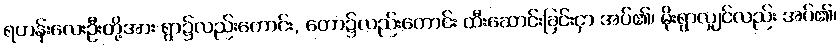
ရဟန်းလေးဦးတို့အား ရွာ၌လည်းကောင်း, တော၌လည်းကောင်း ထီးဆောင်းခြင်းငှာ အပ်၏၊ မိုးရွာလျှင်လည်း အပ်၏၊